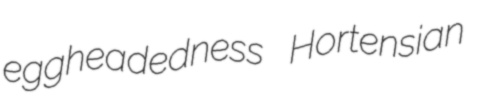
eggheadedness Hortensian